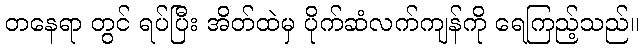
တနေရာ တွင် ရပ်ပြီး အိတ်ထဲမှ ပိုက်ဆံလက်ကျန်ကို ရေကြည့်သည်။